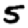
Digit: 5